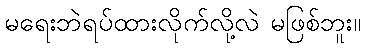
မရေးဘဲရပ်ထားလိုက်လို့လဲ မဖြစ်ဘူး။